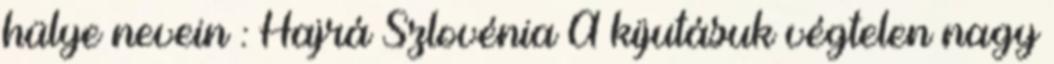
hülye nevein : Hajrá Szlovénia A kijutásuk végtelen nagy